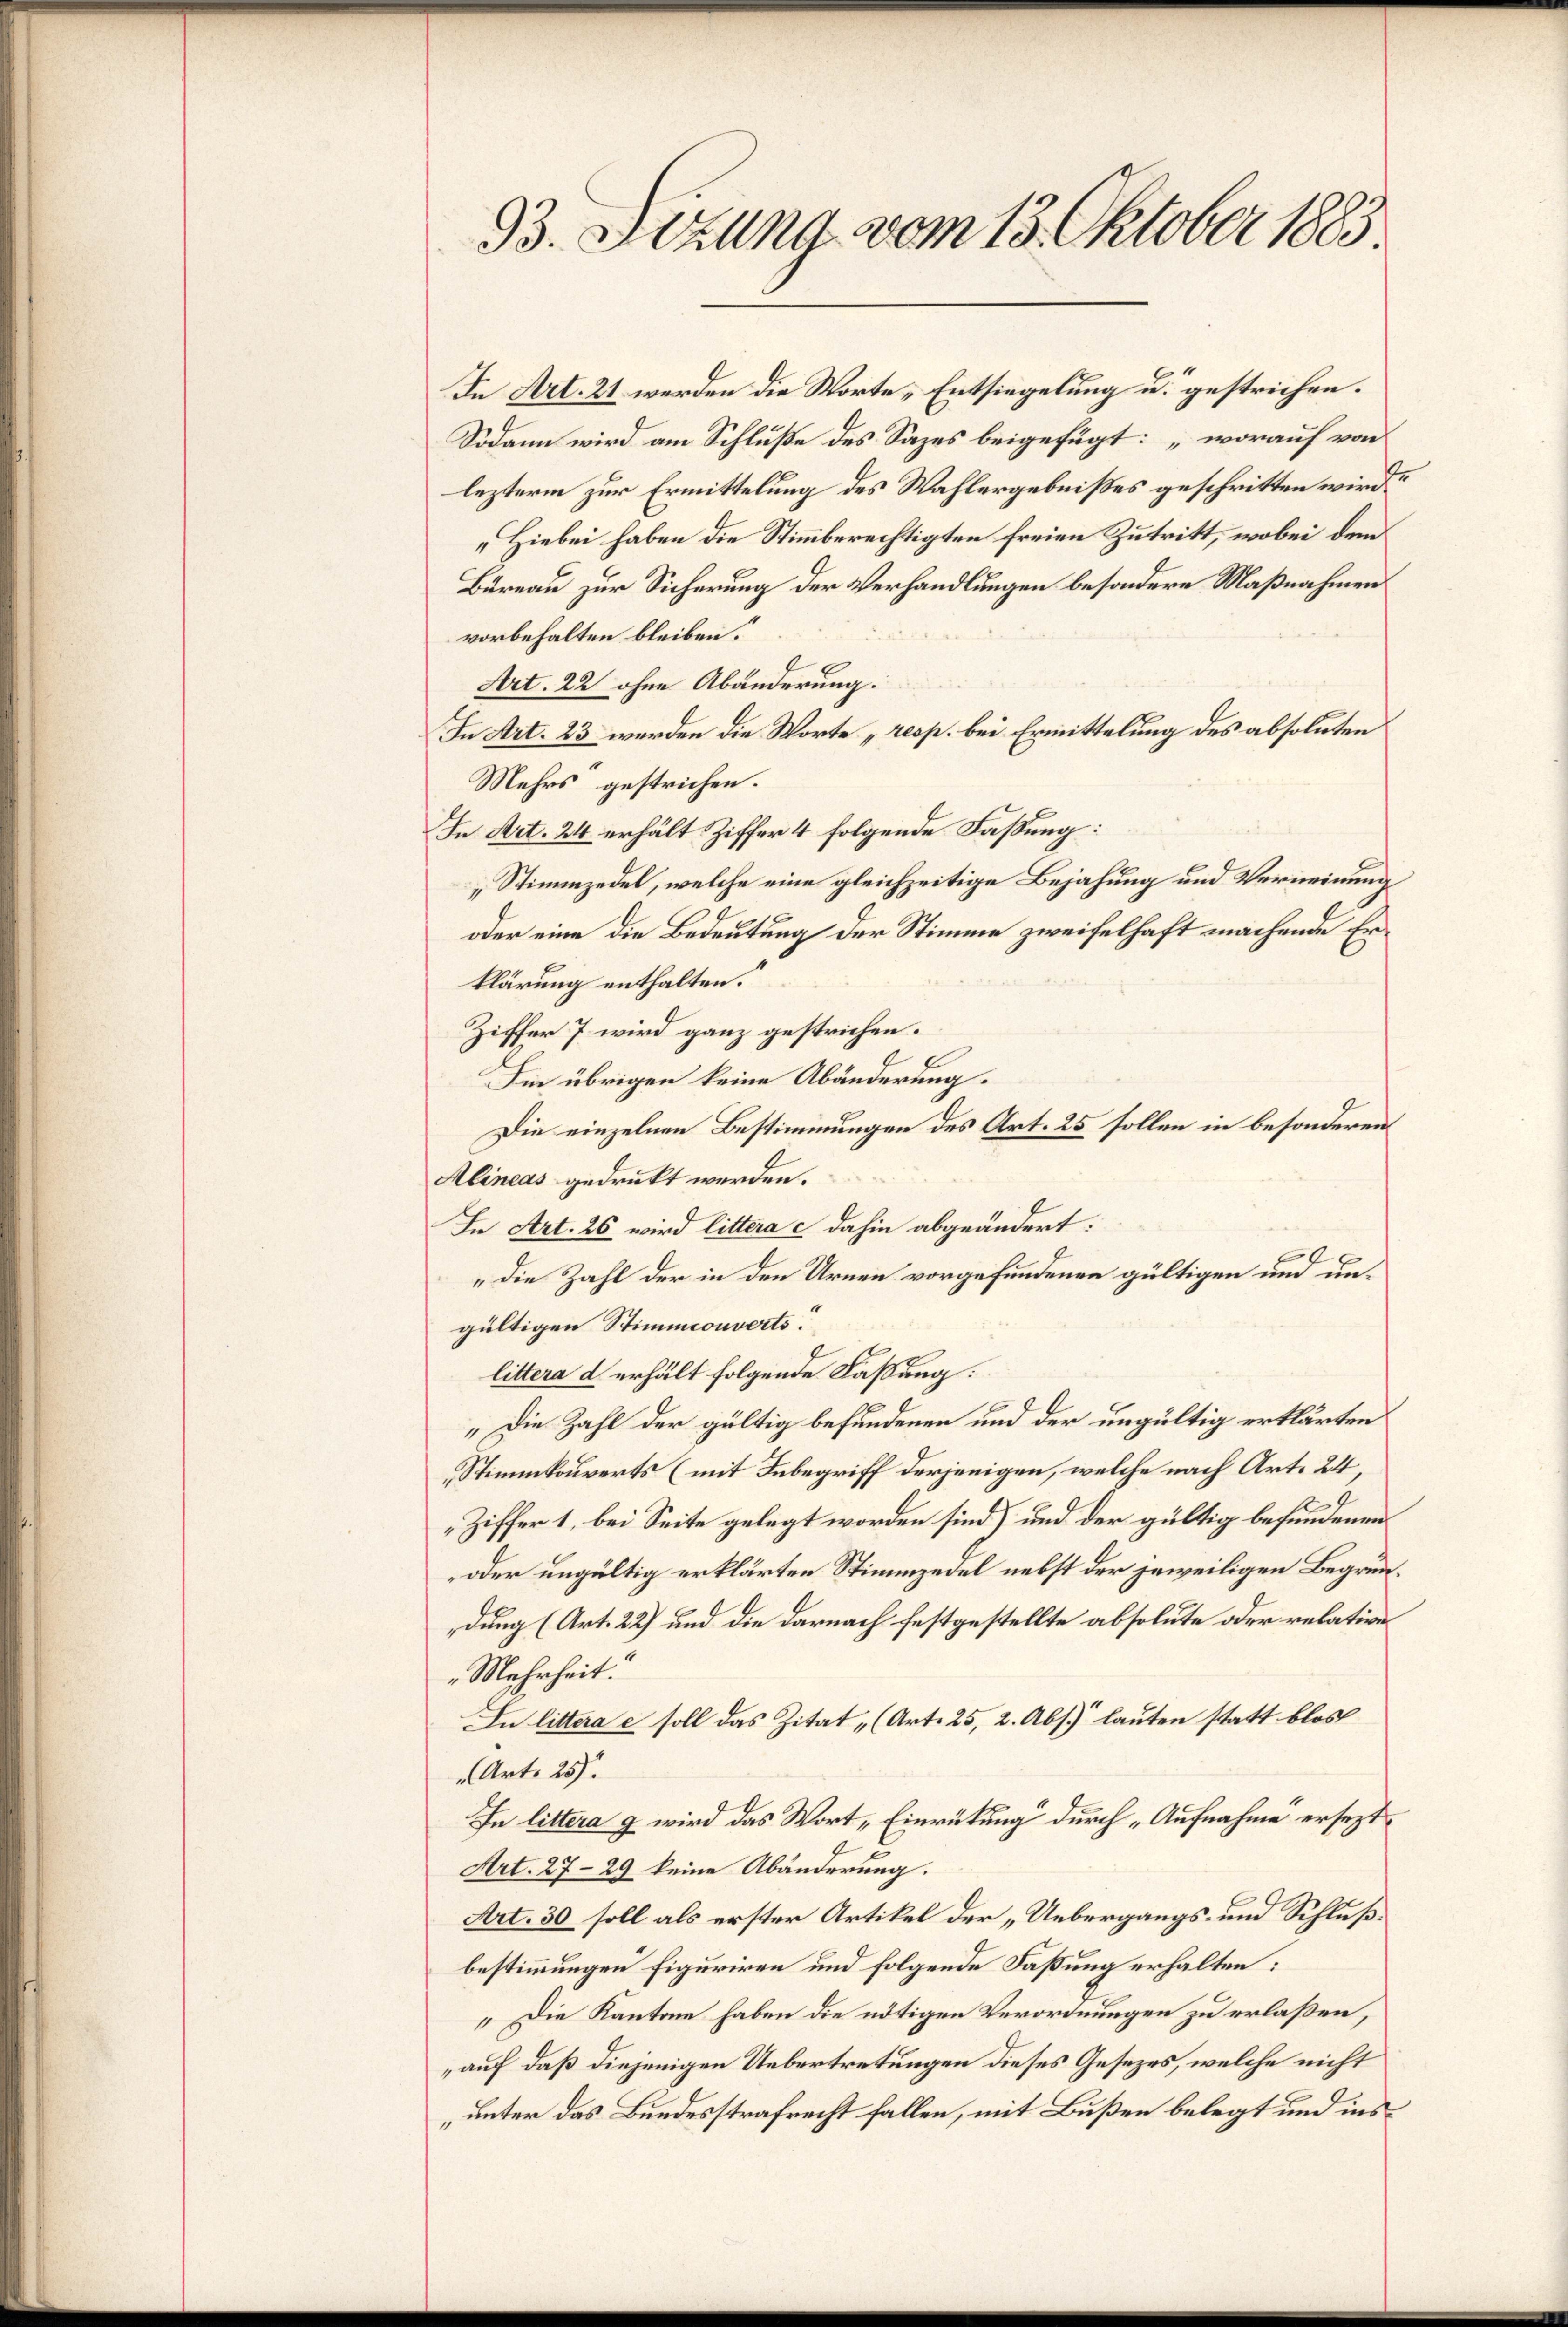
93. Sitzung vom 13. Oktober 1883

In Art. 21 werden die Worte „Entsiegelung u. gestrichen.
Sodann wird am Schluße des Sazes beigefügt: „worauf von
lezterm zur Ermittelung des Wahlergebnißes geschritten wird?
„Hiebei haben die Stimmberechtigten freien Zutritt, wobei dem
Bureau zur Sicherung der Verhandlungen besondere Maßnahmen
vorbehalten bleiben.
4
Art. 22 ohne Abänderung.
In Art. 23 werden die Worte „resp. bei Ermittelung des absoluten
Mehrs gestrichen.
In Art. 24 erhält Ziffer 4 folgende Faßung:
„Stimmzedel, welche eine gleichzeitige Bejahung und Verneinung
oder eine die Bedeutung der Stimme zweifelhaft machende Erklärung enthalten.
Ziffer 7 wird ganz gestrichen.
E
Im übrigen keine Abänderung.
Die einzelnen Bestimmungen des Art. 25 sollen in besonderen
Alineas gedruckt werden.
In Art. 26 wird littera c dahin abgeändert:
„Die Zahl der in den Urnen vorgefundenen gültigen und ungültigen Stimmconverts.
littera d erhält folgende Fassung.
„Die Zahl der gültig befundenen und der ungültig erklärten
Stimmkouverts (mit Inbegriff derjenigen, welche nach Art. 24,
Ziffer 1, bei Seite gelegt worden sind) und der gültig befundenen
oder ungültig erklärten Stimmzedel nebst der jeweiligen Begründung (Art. 22) und die darnach festgestellte absolute oder relative
„Mehrheit.
In littera e soll das Zitat (Art. 25, 2. Abs. lauten statt blos
(Art. 25).
In littera g wird das Wort „Einrückung durch „Aufnahme ersezt
Art. 27-29 keine Abänderung.
Art. 30 soll als erster Artikel der „Uebergangs- und Schlußbestimmungen Figuriren und folgende Faßung erhalten:
„Die Kantone haben die nötigen Verordnungen zu erlaßen,
auf, daß diejenigen Uebertretungen dieses Gesezes, welche nicht
„unter das Bundesstrafrecht fallen, mit Bußen belegt und ins¬